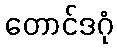
တောင်ဒဂုံ